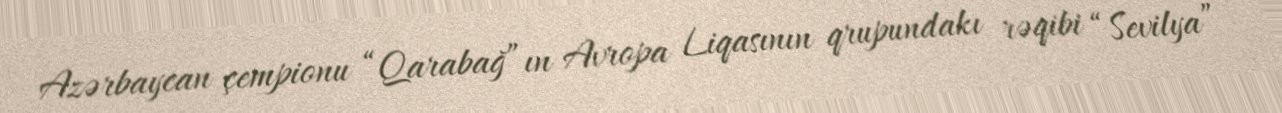
Azərbaycan çempionu “Qarabağ”ın Avropa Liqasının qrupundakı rəqibi “Sevilya”